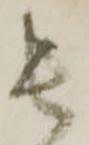
長